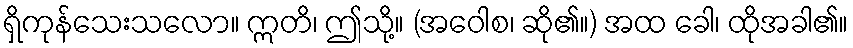
ရှိကုန်သေးသလော။ ဣတိ၊ ဤသို့။ (အဝေါစ၊ ဆို၏။) အထ ခေါ၊ ထိုအခါ၏။